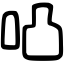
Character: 𠱂